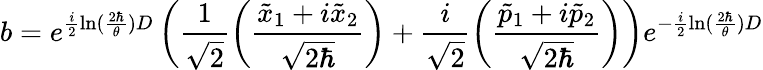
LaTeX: b=e^{\frac{i}{2}\ln(\frac{2\hbar}{\theta})D}\left(\frac{1}{\sqrt{2}}\left(\frac{\tilde{x}_{1}+i\tilde{x}_{2}}{\sqrt{2\hbar}}\right)+\frac{i}{\sqrt{2}}\left(\frac{\tilde{p}_{1}+i\tilde{p}_{2}}{\sqrt{2\hbar}}\right)\right)e^{-\frac{i}{2}\ln(\frac{2\hbar}{\theta})D}